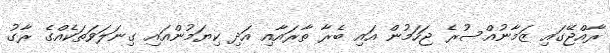
ރާއްޖޭގައި ޒަމާނުއްސުރެ ޖަހަމުން އައި ބެރާ ތާރައާއި އަދި ކިޔަމުންއައި ގިނަލަވަތަކެއްގެ ރާގު